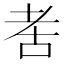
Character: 𬚋